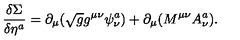
\frac { \delta \Sigma } { \delta \eta ^ { a } } = \partial _ { \mu } ( \sqrt { g } g ^ { \mu \nu } \psi _ { \nu } ^ { a } ) + \partial _ { \mu } ( M ^ { \mu \nu } A _ { \nu } ^ { a } ) .